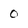
Character: 0